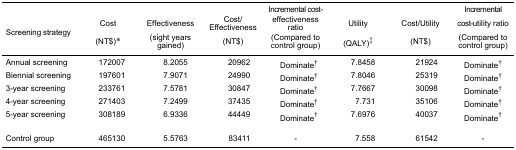
| Screening strategy | Cost(NT$)* | Effectiveness(sight yearsgained) | Cost/Effectiveness(NT$) | Incremental cost-effectivenessratio(Compared tocontrol group) | Utility(QALY)‡ | Cost/Utility(NT$) | Incrementalcost-utility ratio(Compared tocontrol group) |
 | --- | --- | --- | --- | --- | --- | --- | --- |
 | Annual screening | 172007 | 8.2055 | 20962 | Dominate† | 7.8458 | 21924 | Dominate† |
 | Biennial screening | 197601 | 7.9071 | 24990 | Dominate† | 7.8046 | 25319 | Dominate† |
 | 3-year screening | 233761 | 7.5781 | 30847 | Dominate† | 7.7667 | 30098 | Dominate† |
 | 4-year screening | 271403 | 7.2499 | 37435 | Dominate† | 7.731 | 35106 | Dominate† |
 | 5-year screening | 308189 | 6.9336 | 44449 | Dominate† | 7.6976 | 40037 | Dominate† |
 | Control group | 465130 | 5.5763 | 83411 | - | 7.558 | 61542 | - |